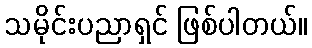
သမိုင်းပညာရှင် ဖြစ်ပါတယ်။